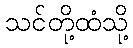
သင်တို့ထံသို့